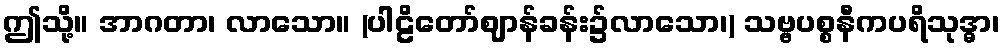
ဤသို့။ အာဂတာ၊ လာသော။ (ပါဠိတော်ဈာန်ခန်း၌လာသော၊) သဗ္ဗပစ္စနီကပရိသုဒ္ဓာ၊